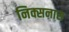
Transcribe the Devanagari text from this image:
निक्सनास